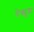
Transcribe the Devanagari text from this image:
धेक्यूबा